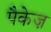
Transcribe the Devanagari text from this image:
पैकेज़